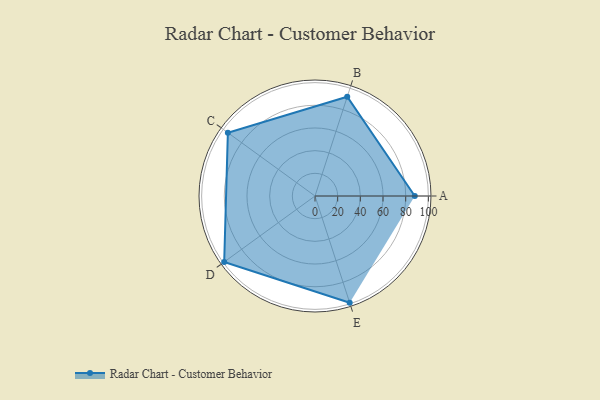
{"axis": {"x": "Skill", "y": "Score"}, "legend": ["Profile"], "data": [{"x": "A", "y": 88.0, "type": "Profile"}, {"x": "B", "y": 92.0, "type": "Profile"}, {"x": "C", "y": 95.0, "type": "Profile"}, {"x": "D", "y": 99.0, "type": "Profile"}, {"x": "E", "y": 99, "type": "Profile"}]}